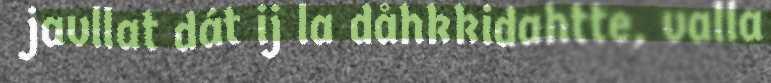
javllat dát ij la dåhkkidahtte, valla